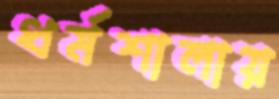
ধর্মশালায়